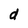
Character: d